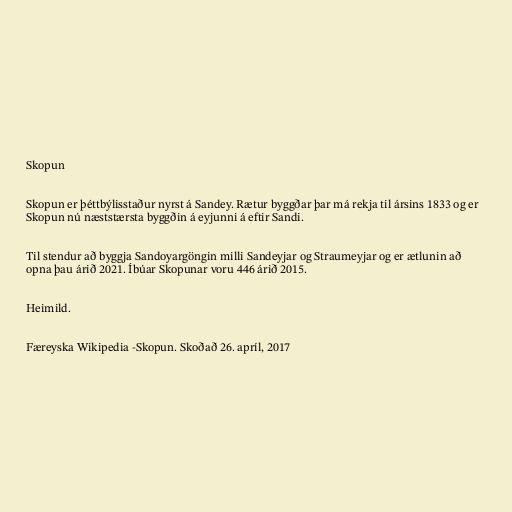
Skopun

Skopun er þéttbýlisstaður nyrst á Sandey. Rætur byggðar þar má rekja til ársins 1833 og er
Skopun nú næststærsta byggðin á eyjunni á eftir Sandi.

Til stendur að byggja Sandoyargöngin milli Sandeyjar og Straumeyjar og er ætlunin að
opna þau árið 2021. Íbúar Skopunar voru 446 árið 2015.

Heimild.

Færeyska Wikipedia -Skopun. Skoðað 26. apríl, 2017